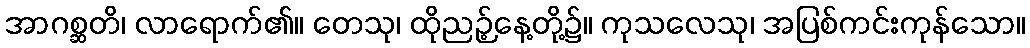
အာဂစ္ဆတိ၊ လာရောက်၏။ တေသု၊ ထိုညဉ့်နေ့တို့၌။ ကုသလေသု၊ အပြစ်ကင်းကုန်သော။